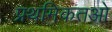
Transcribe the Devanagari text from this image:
प्रथमिकतओ